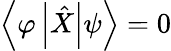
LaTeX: \left\langle\varphi\left|{\hat{X}}\right|\psi\right\rangle=0